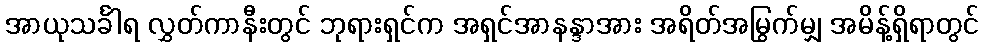
အာယုသင်္ခါရ လွှတ်ကာနီးတွင် ဘုရားရှင်က အရှင်အာနန္ဒာအား အရိတ်အမြွက်မျှ အမိန့်ရှိရာတွင်